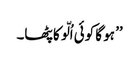
’’ ہو گا کوئی اُلّو کا پٹھا۔